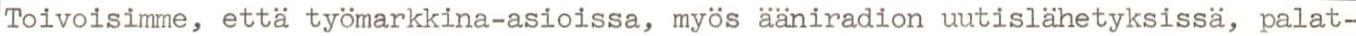
Toivoisimme, että työmarkkina-asioissa, myös ääniradion uutislähetyksissä, palat-